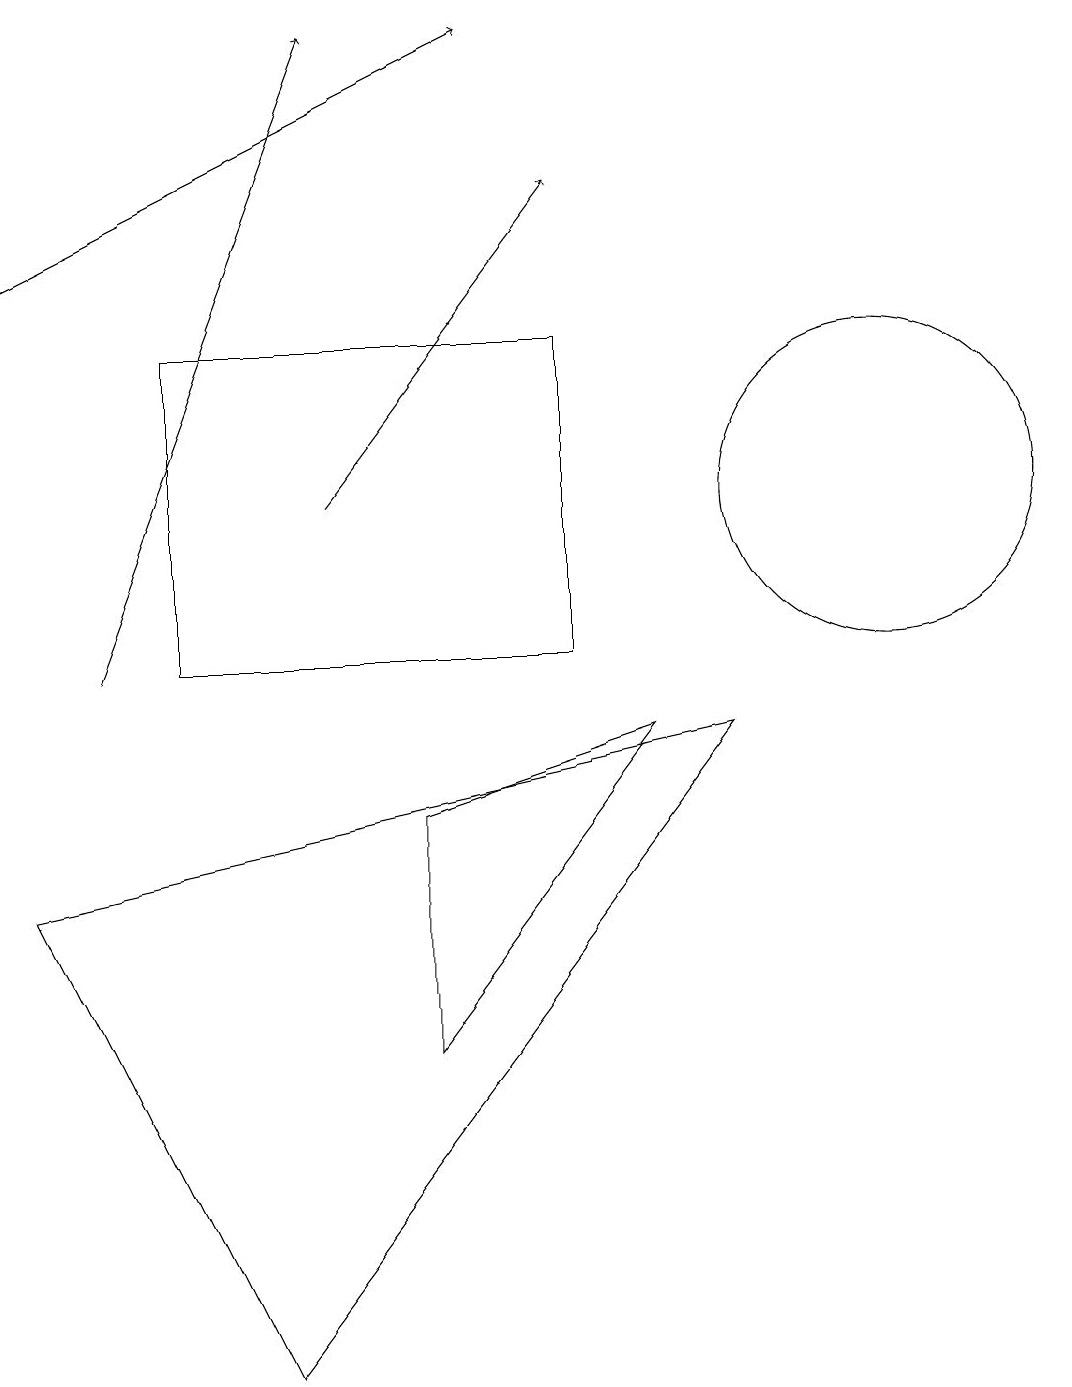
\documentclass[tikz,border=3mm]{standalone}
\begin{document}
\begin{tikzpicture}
\draw[->] (4,12) -- (7,16);
\draw (3,1) -- (9,9) -- (0,7) -- cycle;
\draw (7,14) rectangle (2,10);
\draw[->] (0,15) -- (6,18);
\draw (5,8) -- (5,5) -- (8,9) -- cycle;
\draw[->] (1,10) -- (4,18);
\draw (11,12) circle (2);
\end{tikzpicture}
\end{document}